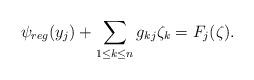
LaTeX: \begin{align*}\psi_{reg}(y_j)+\sum\limits_{1\le k\le n}g_{kj}\zeta_k=F_j(\zeta).\end{align*}